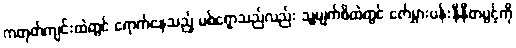
ကတုတ်ကျင်းထဲတွင် ရောက်နေသည့် မစ်ရှောသည်လည်း သူ့မျက်စိထဲတွင် ဇော်မွှားပန်းနီနီတပွင့်ကို